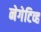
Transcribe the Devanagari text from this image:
नेगेटिव्ह